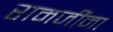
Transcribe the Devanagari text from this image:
रामजींना